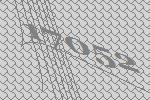
17052